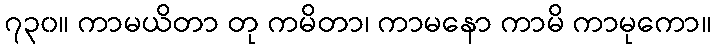
၇၃၀။ ကာမယိတာ တု ကမိတာ၊ ကာမနော ကာမိ ကာမုကော။